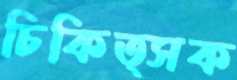
চিকিত্সক